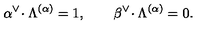
\alpha ^ { \vee } \! \cdot \Lambda ^ { ( \alpha ) } = 1 , \qquad \beta ^ { \vee } \! \cdot \Lambda ^ { ( \alpha ) } = 0 .